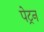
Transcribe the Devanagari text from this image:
पेट्रन